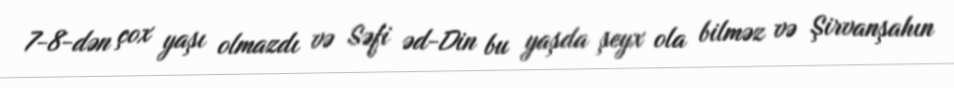
7-8-dən çox yaşı olmazdı və Səfi əd-Din bu yaşda şeyx ola bilməz və Şirvanşahın